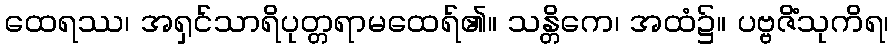
ထေရဿ၊ အရှင်သာရိပုတ္တရာမထေရ်၏။ သန္တိကေ၊ အထံ၌။ ပဗ္ဗဇိံသုကိရ၊